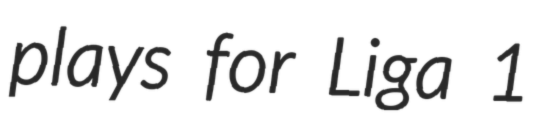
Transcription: plays for Liga 1